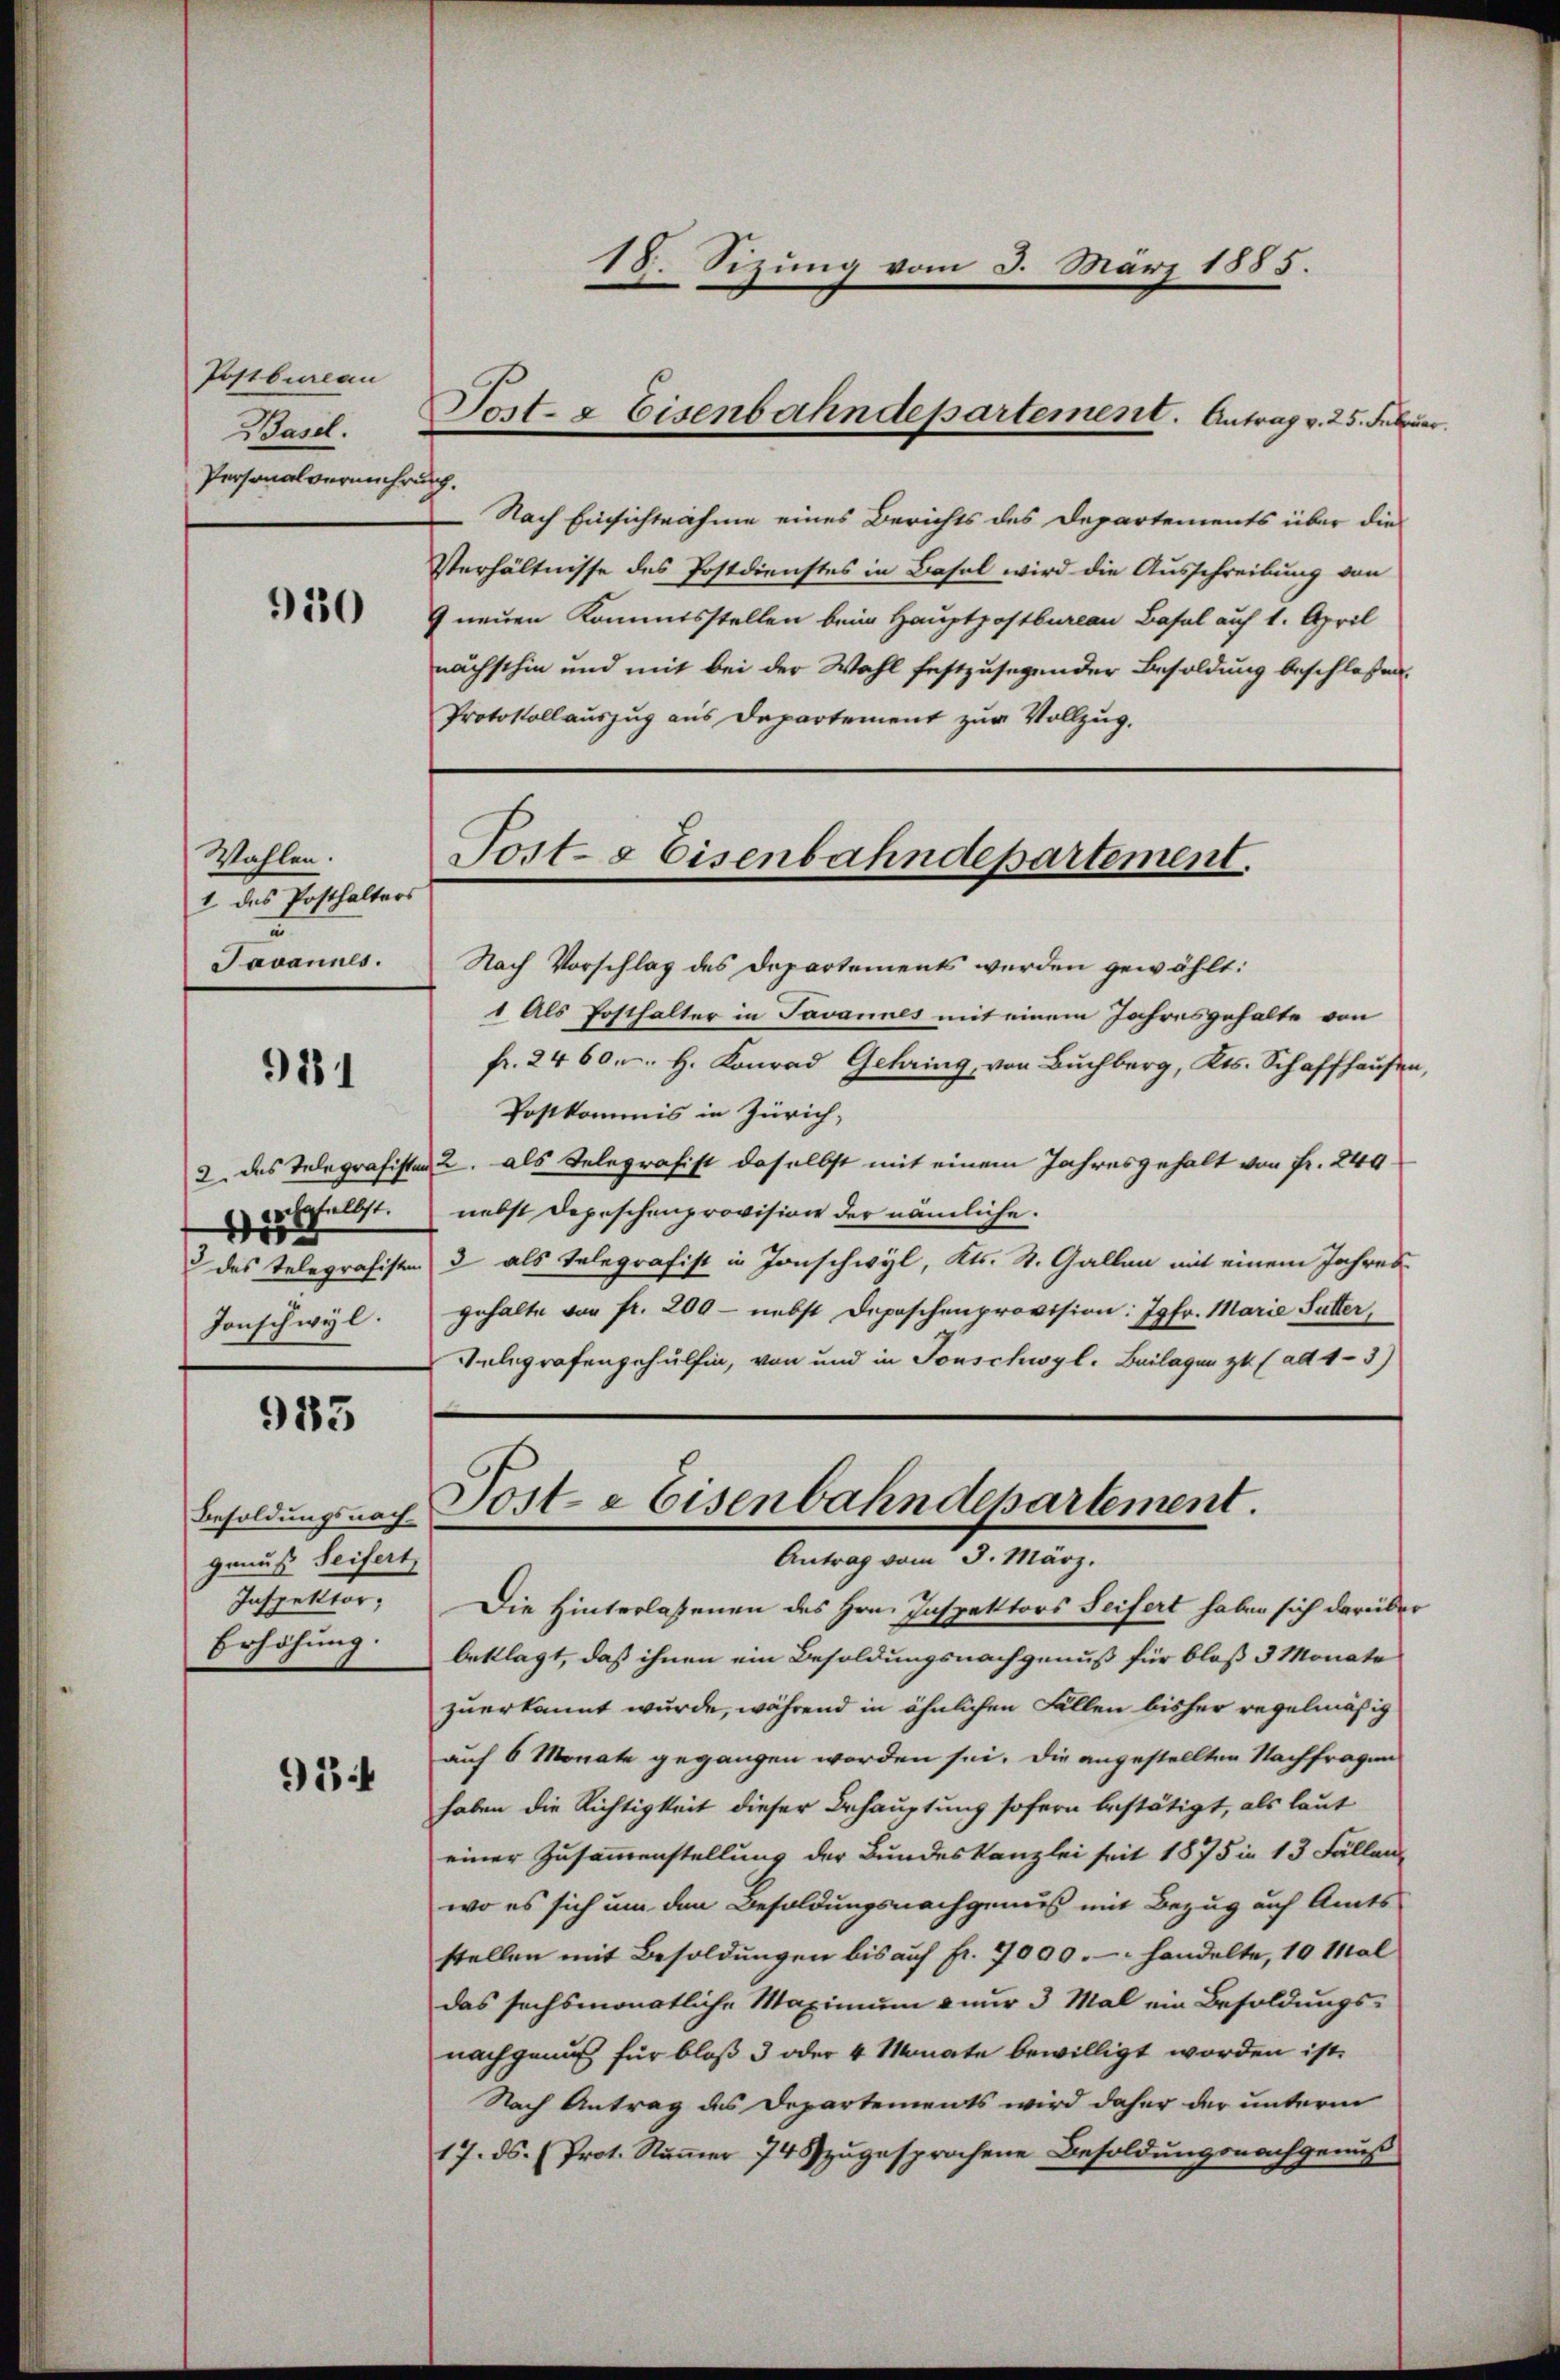
Postbureau
Basel.
Personalvermehrung.

930

Wahlen.
1 des Posthalters
Javannes.

911

hasselbst.
i
Jonschwyl.

983

Besoldungsnach
genuß Seifert,
Inspektor;
Erhöhung.

934

18. Sizung vom 3. März 1885.
Tost- & Eisenbahndepartement. Antrag v. 25. Februar.

Nach Einsichtnahme eines Berichts des Departements über die
Verhältnisse des Postdienstes in Basel wird die Ausschreibung von
 neuen Kommisstellen beim Hauptpostbureau Basel auf 1. April
nächsthin und mit bei der Wahl festzusegender Besoldung beschlossen.
Protokollauszug aus Departement zur Vollzug.
Tost- & Eisenbahndepartement.

Nach Vorschlag des Departements werden gewählt:
1 Als Posthalter in Javannes mit einem Jahresgehalte von
fr. 2460. H. Konrad Gehring, von Buchberg, Kts. Schaffhausen,
Postkommis in Zürich,
2. das Telegrafisten 2. als Telegrafist daselbst mit einem Jahresgehalt von Fr. 249.
nebst Depeschenprovision der nämliche.
des Telegrafisten & als Telegrafist in Jonschwyl, Kts. St. Gallen mit einem Jahresgehalte von fr. 200 - nebst Depeschenprovision: 79 Fr. Marie Sutter,
Telegrafengehülfen, von und in Tonschwyl. Beilagen zu (ad 4- 3)

Post- & Eisenbahndepartement.
Antrag vom 3. März.

Die Hinterlassenen des Hrn. Inspektors Seifert haben sich darüber
beklagt, daß ihnen ein Besoldungsnachgenuß für bloß 3 Monate
zuerkannt wurde, während in ähnlichen Fällen bisher regelmäßig
auf 6 Monate gegangen worden sei. Die angestellten Nachfragen
haben die Richtigkeit dieser Behauptung sofern bestätigt, als laut
einer Zusammenstellung der Bundeskanzlei seit 1875 in 13 Fällen-
wo es sich um den Besoldungsnachgemes mit Bezug auf Amts
stellen mit Besoldungen bis auf fr. 7000.-. handelte, 10 Mal
das sechsmonatliche Maximum nur 3 Mal ein Besoldungsnachgenuß für bloß 3 oder 4 Monate bewilligt worden ist.
Nach Antrag des Departements wird daher der unterm
17. ds. (Prot. Nŭṁer 74 zŭgesprochene Besoldŭngsnachgenŭβ